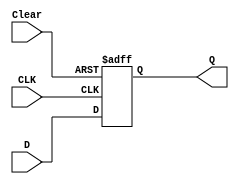
`timescale 1ns / 1ps

module d_flipflop(CLK, D, Clear, Q);

input CLK;
input D;
input Clear;
output reg Q;

always @(posedge CLK or posedge Clear)
    if(Clear)
        Q <= 1'b0;
    else
        Q <= D;

endmodule